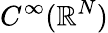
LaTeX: C^{\infty}(\mathbb{R}^{N})